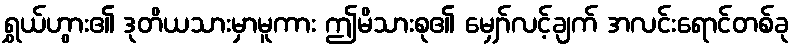
ရွှယ်ဟွား၏ ဒုတိယသားမှာမူကား ဤမိသားစု၏ မျှော်လင့်ချက် အလင်းရောင်တစ်ခု